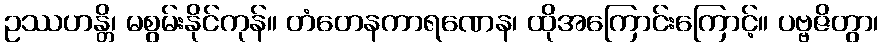
ဥဿဟန္တိ၊ မစွမ်းနိုင်ကုန်။ တံတေနကာရဏေန၊ ထိုအကြောင်းကြောင့်။ ပဗ္ဗဇိတွာ၊